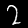
Label: 2